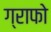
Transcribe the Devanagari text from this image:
ग्राफो